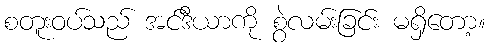
စတူးဝပ်သည် အင်ဒီယာကို စွဲလမ်းခြင်း မရှိတော့။